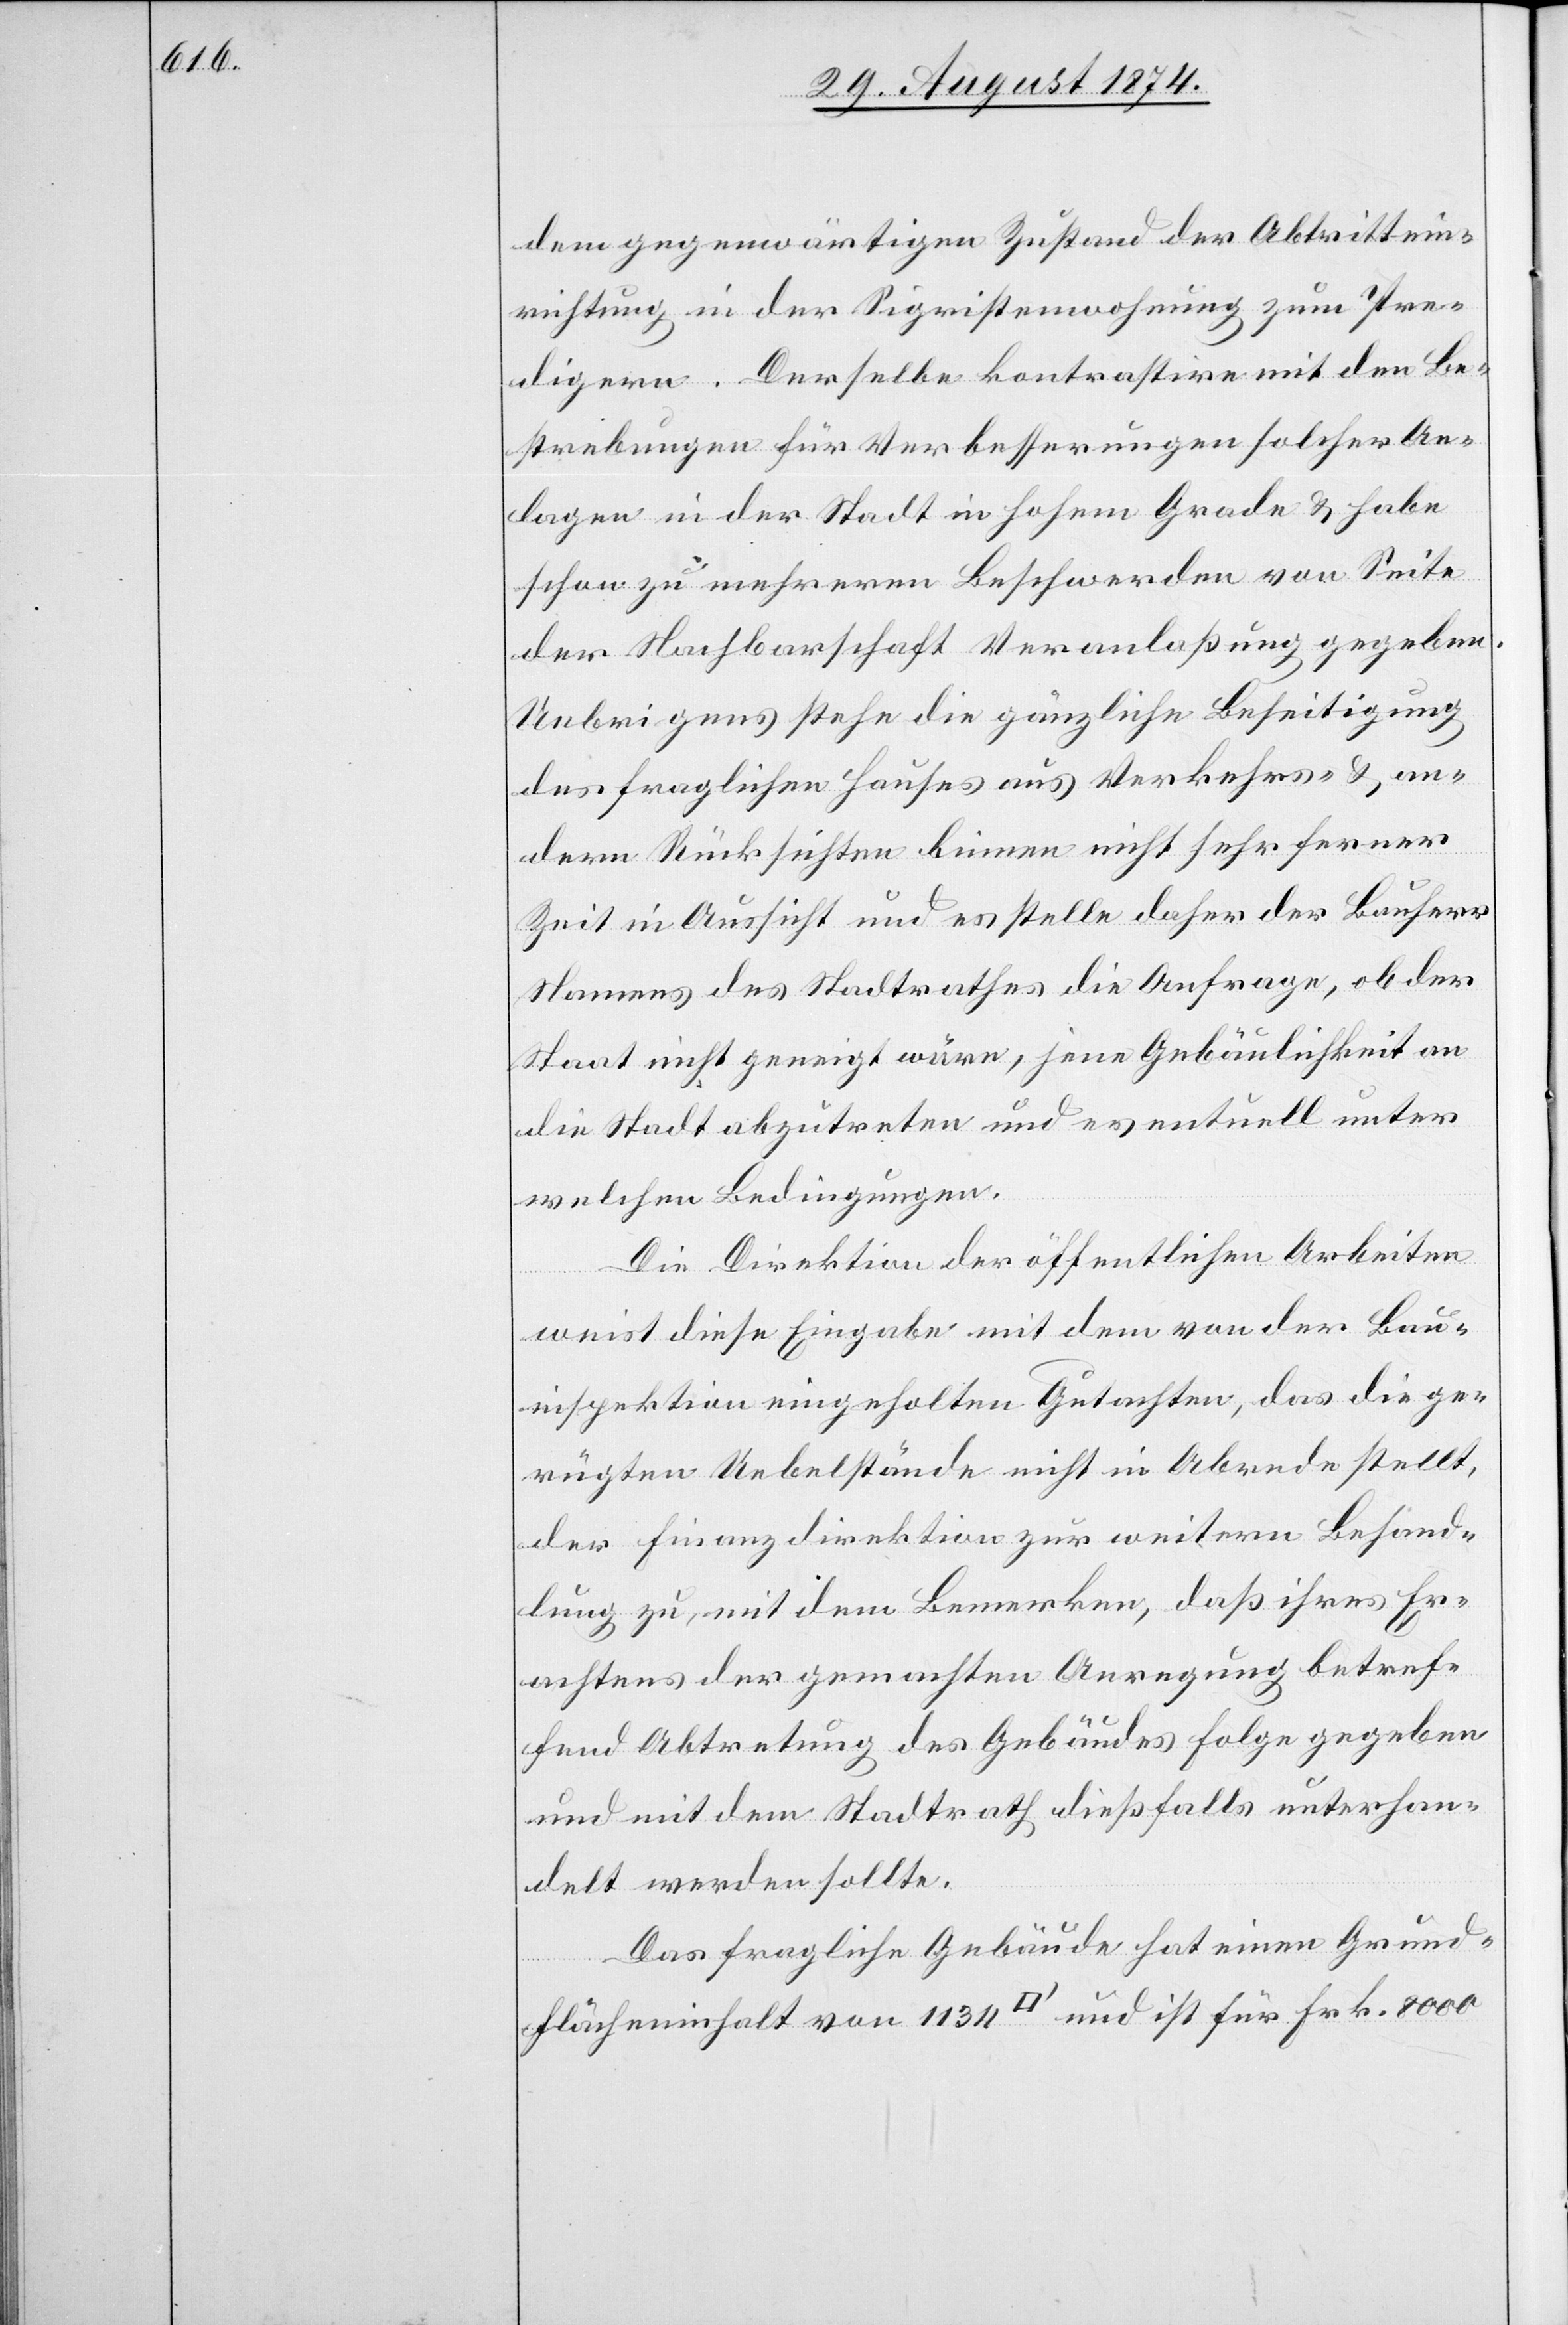
dem gegenwärtigen Zustand der Abtrittein¬
richtung in der Sigristenwohnung zum Pre¬
digern. Derselbe kontrastire mit den Be¬
strebungen für Verbesserungen solcher An¬
lagen in der Stadt in hohem Grade u. habe
schon zu mehreren Beschwerden von Seite
der Nachbarschaft Veranlaßung gegeben.
Uebrigens stehe die gänzliche Beseitigung
des fraglichen Hauses aus Verkehrs- u. an¬
dern Rücksichten binnen nicht sehr ferner
Zeit in Aussicht und es stelle daher der Bauherr
Namens des Stadtrathes die Anfrage, ob der
Staat nicht geneigt wäre, jene Gebäulichkeit an
die Stadt abzutreten und eventuell unter
welchen Bedingungen.
Die Direktion der öffentlichen Arbeiten
weist diese Eingabe mit dem von der Bau¬
inspektion eingeholten Gutachten, das die ge¬
rügten Uebelstände nicht in Abrede stellt,
der Finanzdirektion zur weitern Behand¬
lung zu, mit dem Bemerken, daß ihre Er¬
achtens der gemachten Anregung betref¬
fend Abtretung des Gebäudes Folge gegeben
und mit dem Stadtrath dießfalls unterhan¬
delt werden sollte.
Das fragliche Gebäude hat einen Grund¬
flächeninhalt von 1134 [Quadratfuß] und ist für Frk. 8000